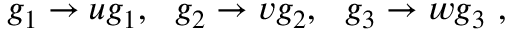
g _ { 1 } \rightarrow u g _ { 1 } , ~ ~ g _ { 2 } \rightarrow v g _ { 2 } , ~ ~ g _ { 3 } \rightarrow w g _ { 3 } \ ,